Scottish Certificate of Education, 1963
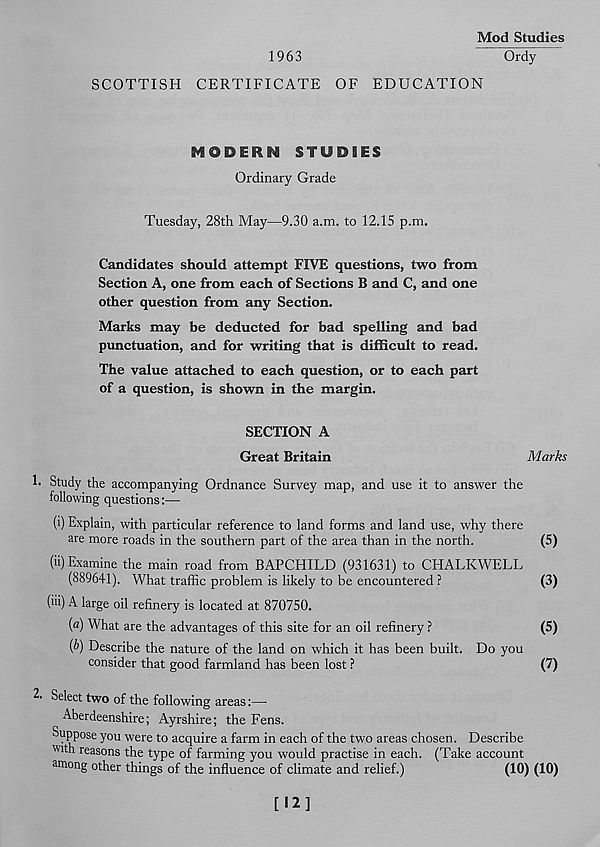
Mod Studies
1963
Ordy
SCOTTISH CERTIFICATE OF EDUCATION
MODERN STUDIES
Ordinary Grade
Tuesday, 28th May—9.30 a.m. to 12.15 p.m.
Candidates should attempt FIVE questions, two from
Section A, one from each of Sections B and C, and one
other question from any Section.
Marks may be deducted for bad spelling and bad
punctuation, and for writing that is difficult to read.
The value attached to each question, or to each part
of a question, is shown in the margin.
SECTION A
Great Britain
Marks
1. Study the accompanying Ordnance Survey map, and use it to answer the
following questions:—-
(i) Explain, with particular reference to land forms and land use, why there
are more roads in the southern part of the area than in the north.
(5)
(ii) Examine the main road from BAPCHILD (931631) to CHALKWELL
(889641). What traffic problem is likely to be encountered ?
(3)
(iii) A large oil refinery is located at 870750.
(a) What are the advantages of this site for an oil refinery ?
(5)
(b) Describe the nature of the land on which it has been built. Do you
consider that good farmland has been lost ?
(7)
2. Select two of the following areas:—
Aberdeenshire; Ayrshire; the Fens.
Suppose you were to acquire a farm in each of the two areas chosen. Describe
with reasons the type of farming you would practise in each. (Take account
among other things of the influence of climate and relief.)
(10) (10)
[12]